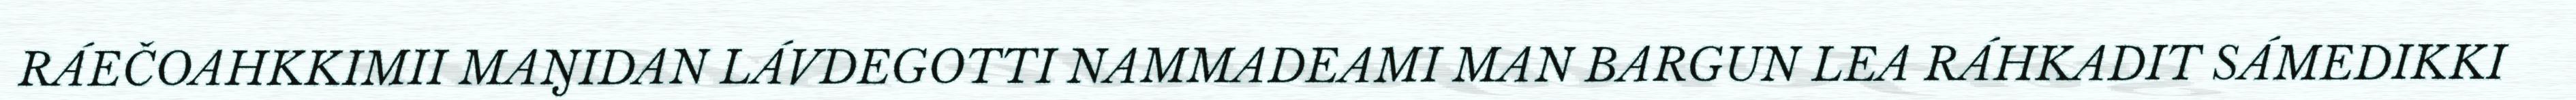
RÁEČOAHKKIMII MAŊIDAN LÁVDEGOTTI NAMMADEAMI MAN BARGUN LEA RÁHKADIT SÁMEDIKKI